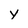
Character: Y